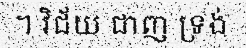
។ វិជ័យ ជាញ ទ្រង់